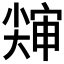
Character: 𱚨